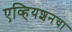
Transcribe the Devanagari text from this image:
एव्हियशनचा